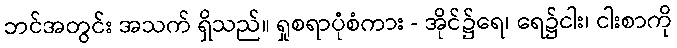
ဘင်အတွင်း အသက် ရှိသည်။ ရှုစရာပုံစံကား - အိုင်၌ရေ၊ ရေ၌ငါး၊ ငါးစာကို